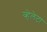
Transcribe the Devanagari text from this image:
व्हेलेटा